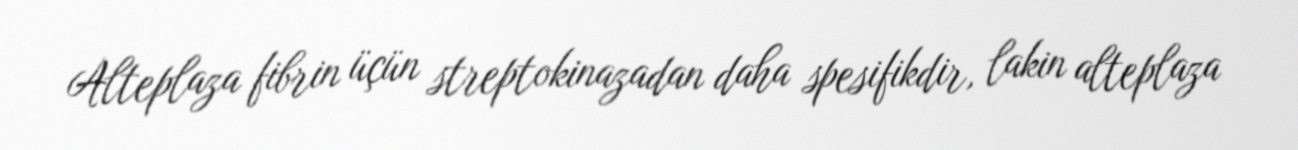
Alteplaza fibrin üçün streptokinazadan daha spesifikdir, lakin alteplaza